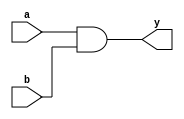
module simple_continuous_assignment (
    input wire a,          // Input signal a
    input wire b,          // Input signal b
    output wire y          // Output signal y
);

// Continuous assignment using the assign statement
assign y = a & b;        // y is the logical AND of a and b

endmodule